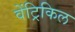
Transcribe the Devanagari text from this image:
वेंट्रिकिल